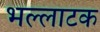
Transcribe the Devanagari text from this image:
भल्लाटक